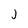
Character: j